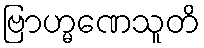
ဗြာဟ္မဏေသူတိ